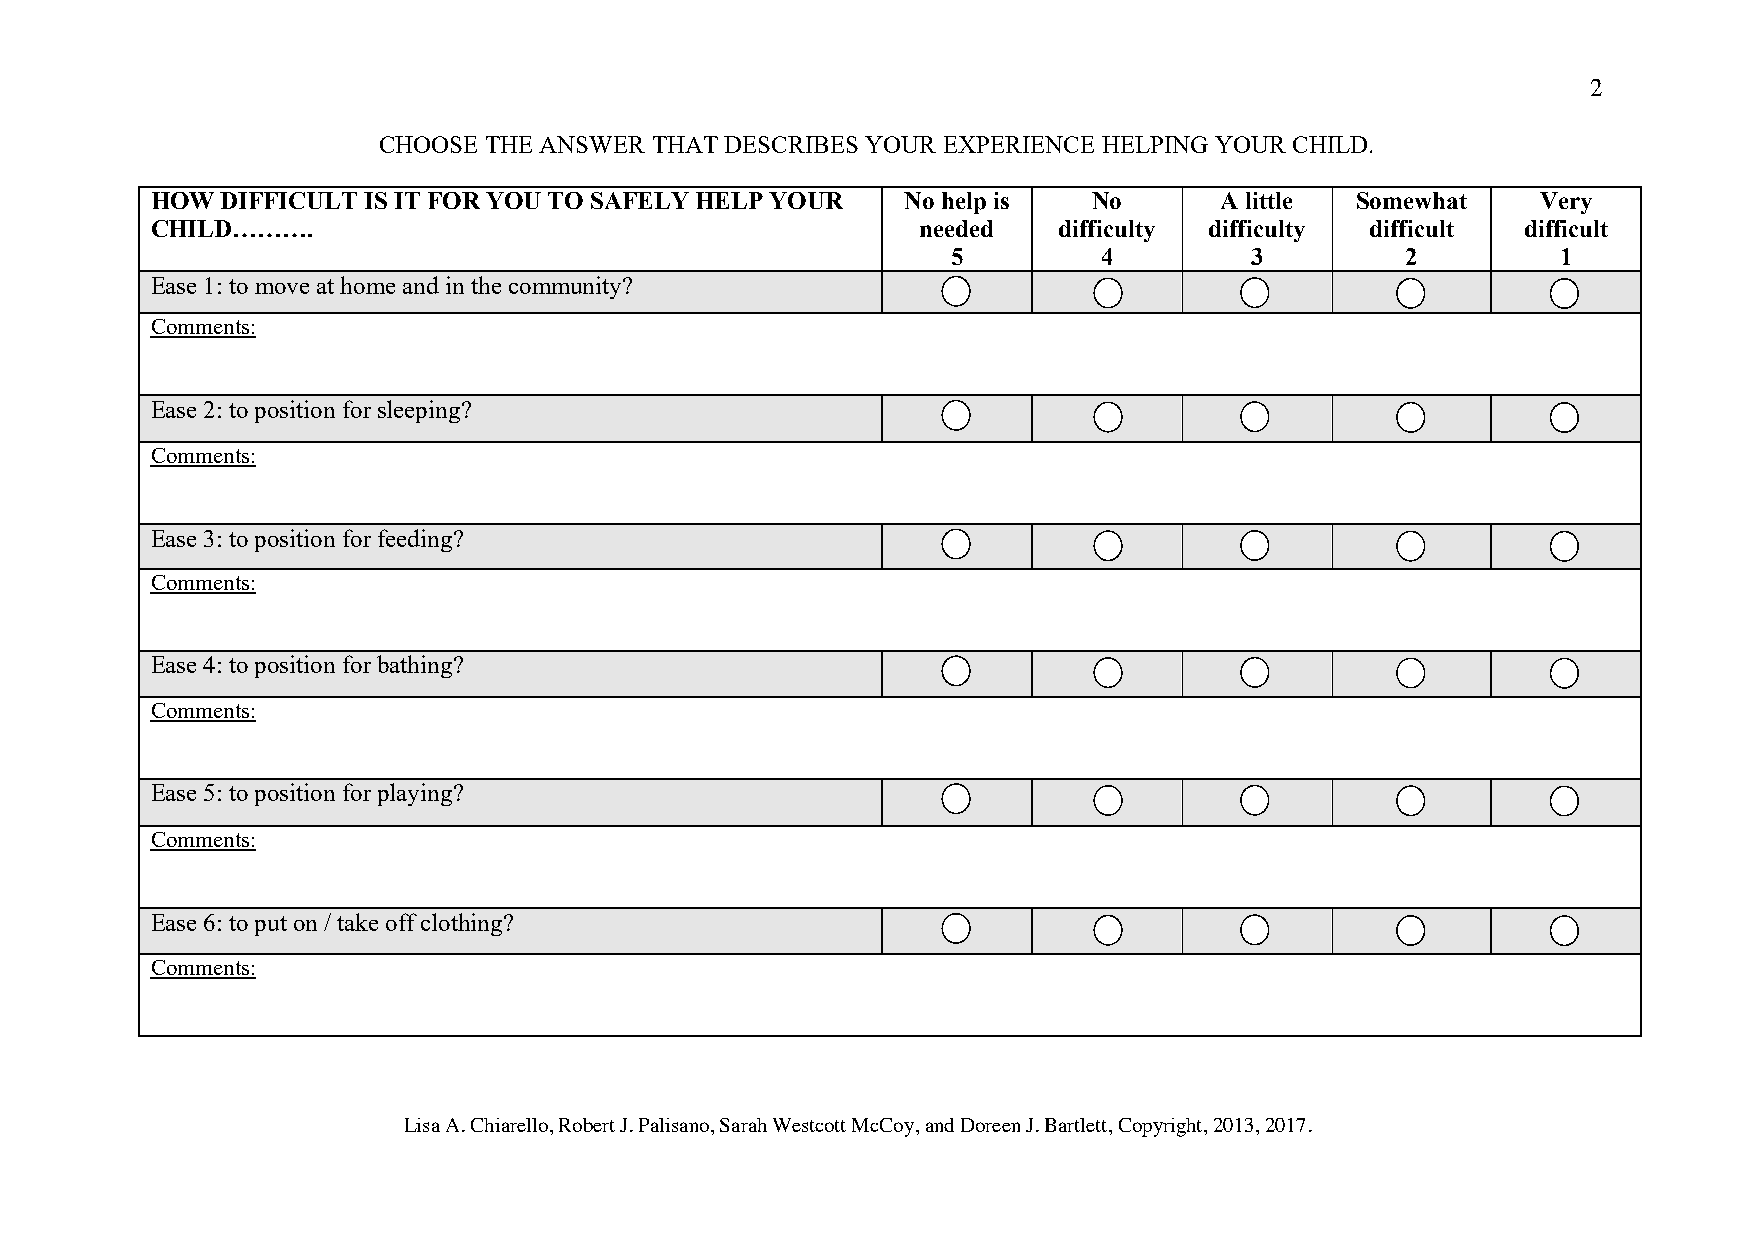
2
 CHOOSE THE ANSWER THAT DESCRIBES YOUR EXPERIENCE HELPING YOUR CHILD.
 HOW  DIFFICULT IS IT FOR YOU TO SAFELY HELP YOUR  No help is  No       A little Somewhat    Very
 CHILD……….                                          needed   difficulty difficulty difficult difficult
 5         4         3         2         1
 Ease 1: to move at home and in the community?
 Comments:
 Ease 2: to position for sleeping?
 Comments:
 Ease 3: to position for feeding?
 Comments:
 Ease 4: to position for bathing?
 Comments:
 Ease 5: to position for playing?
 Comments:
 Ease 6: to put on / take off clothing?
 Comments:
 Lisa A. Chiarello, Robert J. Palisano, Sarah Westcott McCoy, and Doreen J. Bartlett, Copyright, 2013, 2017.